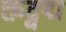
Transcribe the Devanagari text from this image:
क्तद्वद्म